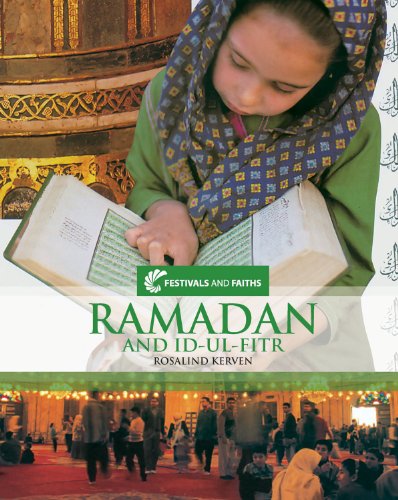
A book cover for Ramadan and Id-Ul-Fitr (Festivals and Faiths); Rosalind Kerven; Children's Books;